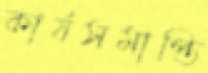
কার্যসমাপ্তি